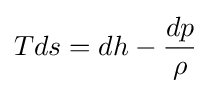
Tds=dh-{\frac {dp}{\rho }}